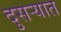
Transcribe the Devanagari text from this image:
दुसर्‍यात